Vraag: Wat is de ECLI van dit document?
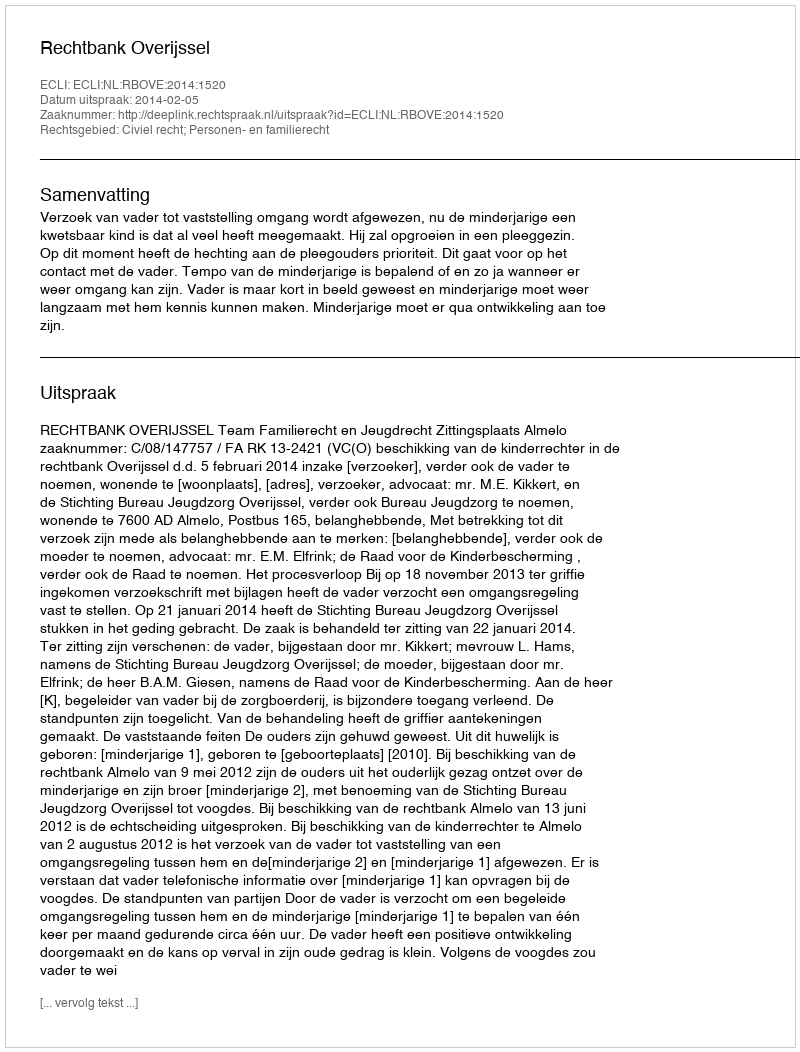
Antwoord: ECLI:NL:RBOVE:2014:1520